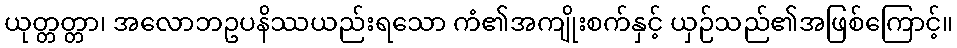
ယုတ္တတ္တာ၊ အလောဘဥပနိဿယည်းရသော ကံ၏အကျိုးစက်နှင့် ယှဉ်သည်၏အဖြစ်ကြောင့်။